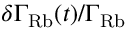
\delta \Gamma _ { \mathrm { R b } } ( t ) / \Gamma _ { \mathrm { R b } }